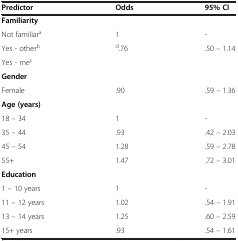
| Predictor | Odds | 95% CI |
 | --- | --- | --- |
 | Familiarity |  |  |
 | Not familiara | 1 | - |
 | Yes - otherb | d.76 | .50 – 1.14 |
 | Yes - mec |  |  |
 | Gender |  |  |
 | Female | .90 | .59 – 1.36 |
 | Age (years) |  |  |
 | 18 – 34 | 1 | - |
 | 35 – 44 | .93 | .42 – 2.03 |
 | 45 – 54 | 1.28 | .59 – 2.78 |
 | 55+ | 1.47 | .72 – 3.01 |
 | Education |  |  |
 | 1 – 10 years | 1 | - |
 | 11 – 12 years | 1.02 | .54 – 1.91 |
 | 13 – 14 years | 1.25 | .60 – 2.59 |
 | 15+ years | .93 | .54 – 1.61 |